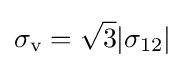
\sigma _{\text{v}}={\sqrt {3}}|\sigma _{12}|\!